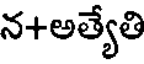
న+అత్యేతి